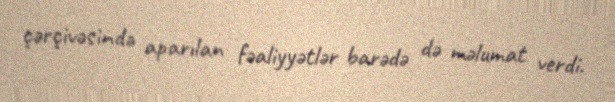
çərçivəsində aparılan fəaliyyətlər barədə də məlumat verdi.